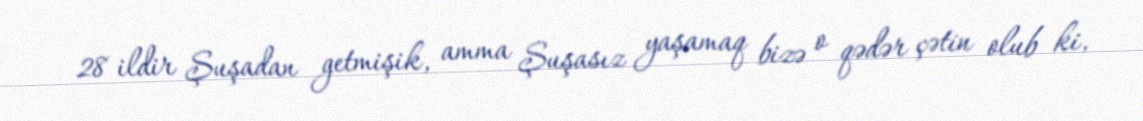
28 ildir Şuşadan getmişik, amma Şuşasız yaşamaq bizə o qədər çətin olub ki,